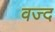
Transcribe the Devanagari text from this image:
वज्द